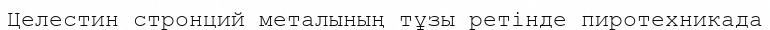
Целестин стронций металының тұзы ретінде пиротехникада